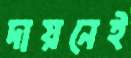
দায়নেই